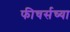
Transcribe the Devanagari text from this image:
फीचर्सच्या